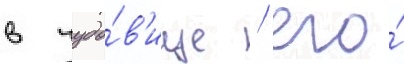
в чудо́в'ище / его́